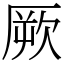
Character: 厥